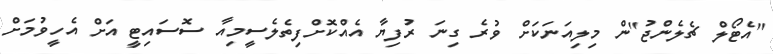
"އެޓޯލް ޗެލެންޖު"ން މިލިއަނަކަށް ވުރެ ގިނަ ރުފިޔާ އެއްކޮށްފިތެލެސީމިއާ ސޮސައިޓީ އަށް އެހީވުމަށް